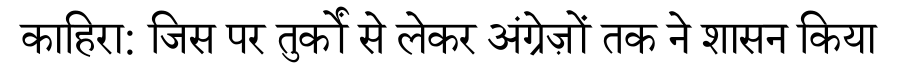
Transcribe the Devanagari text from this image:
काहिरा: जिस पर तुर्कों से लेकर अंग्रेज़ों तक ने शासन किया